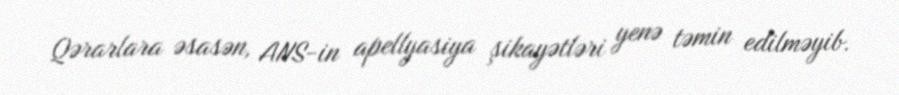
Qərarlara əsasən, ANS-in apellyasiya şikayətləri yenə təmin edilməyib.